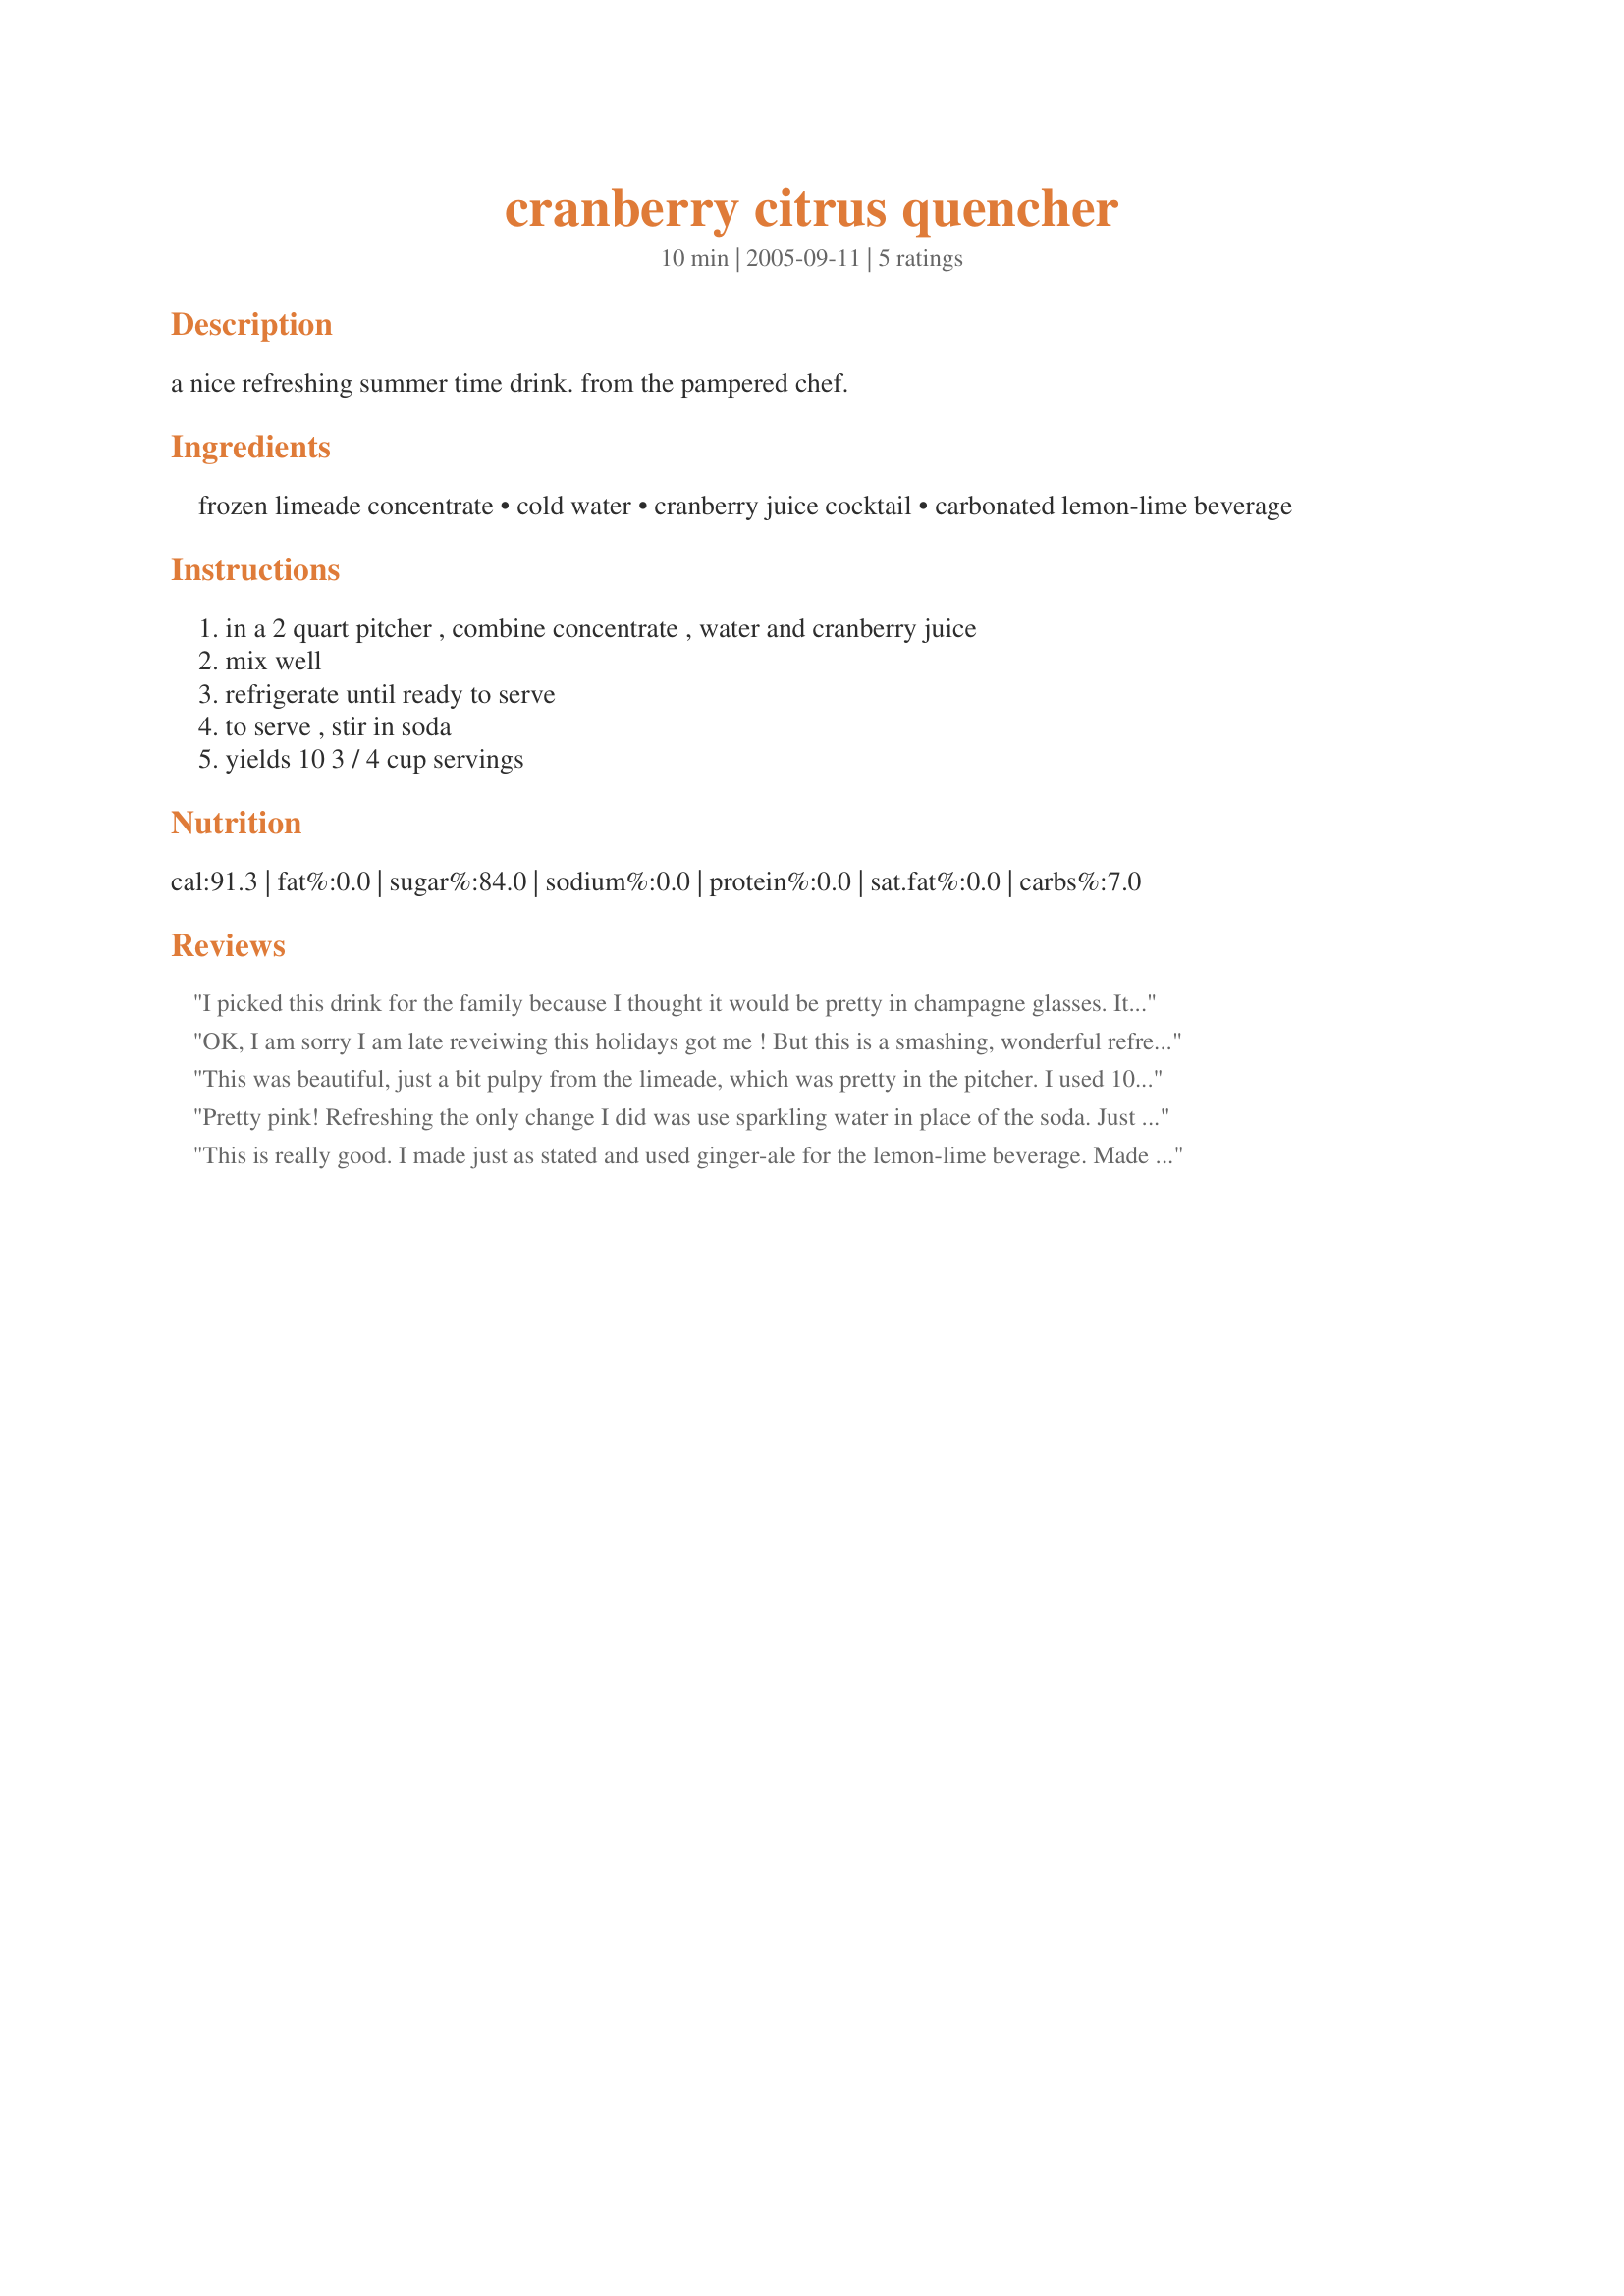
cranberry citrus quencher
Preparation time: 10 minutes

a nice refreshing summer time drink. from the pampered chef.

Ingredients:
frozen limeade concentrate, cold water, cranberry juice cocktail, carbonated lemon-lime beverage

Steps:
in a 2 quart pitcher , combine concentrate , water and cranberry juice, mix well, refrigerate until ready to serve, to serve , stir in soda, yields 10 3 / 4 cup servings

Reviews:
I picked this drink for the family because I thought it would be pretty in champagne glasses. It was very pretty (I wished for a camera), and it was a very lively, refreshing drink. I used 7-Up for the lemon-lime drink. Thanks for sharing this drink. It definately lends itself to the holiday season.
OK, I am sorry I am late reveiwing this holidays got me ! But this is a smashing, wonderful refreshing drink, Great for a hot day.
This was beautiful, just a bit pulpy from the limeade, which was pretty in the pitcher. I used 100% cranberry juice, so mine turned out a little too tart. I added 2 Tbsp. of sugar. Used mountain dew (dh favorite) for the soda. Refreshing, awakening punch. Thanks!
Pretty pink! Refreshing the only change I did was use sparkling water in place of the soda. Just to keep the calories down!
This is really good. I made just as stated and used ginger-ale for the lemon-lime beverage. Made for Football tag to honor Nimz win.
